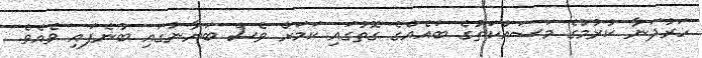
ހަރުދަނާ ކުރުމުގެ މަސައްކަތުގެ ބައެއްގެ ގޮތުގައި ކަމަށް ވެސް ބަޔާނުގައި ބުނެފައި ވެއެވެ.